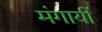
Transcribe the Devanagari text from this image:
मंगायीं